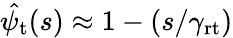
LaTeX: \hat{\psi_{\mathrm{t}}}(s)\approx 1-(s/\gamma_{\mathrm{rt}})